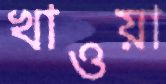
খাওয়া